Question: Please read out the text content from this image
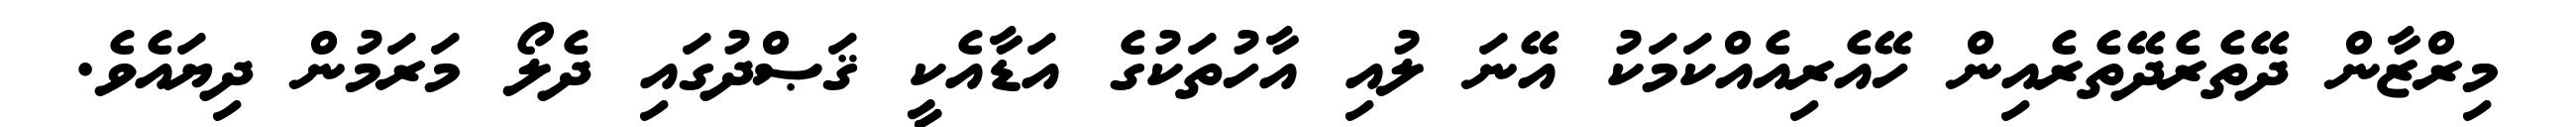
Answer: މިރްޒާން ދޭތެރެދޭތެރެއިން ހޭއެރިއެއްކަމަކު އޭނަ ލުއި އާހުތަކުގެ އަޑާއެކީ ޤަޞްދުގައި ދެލޯ މަރަމުން ދިޔައެވެ.